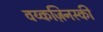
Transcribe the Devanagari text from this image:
वय्कज़िनस्की